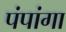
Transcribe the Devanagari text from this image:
पंपांगा